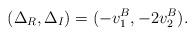
LaTeX: \begin{align*}(\Delta_R, \Delta_I)=(-v_1^B, -2v_2^B). \end{align*}